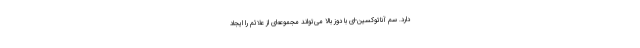
دارد. سم آناتوکسین-ای با دوز بالا می‌تواند مجموعه‌ای از علائم را ایجاد